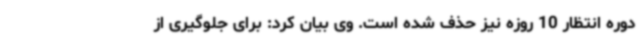
دوره انتظار 10 روزه نیز حذف شده است. وی بیان کرد: برای جلوگیری از